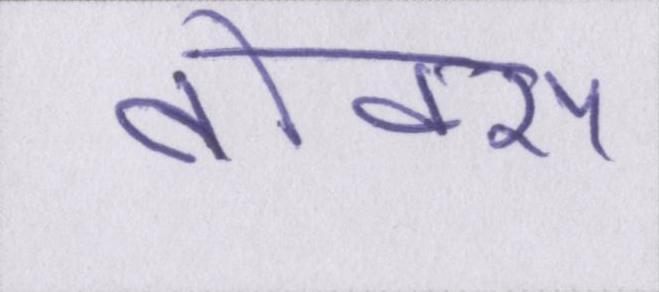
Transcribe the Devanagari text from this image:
बॉक्स